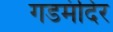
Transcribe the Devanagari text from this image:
गडमंदिर